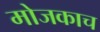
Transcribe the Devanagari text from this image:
मोजकाच